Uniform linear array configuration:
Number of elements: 32
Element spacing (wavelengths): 0.75
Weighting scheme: hamming
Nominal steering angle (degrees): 45
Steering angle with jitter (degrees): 46.825
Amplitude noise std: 0.05
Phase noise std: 0.05

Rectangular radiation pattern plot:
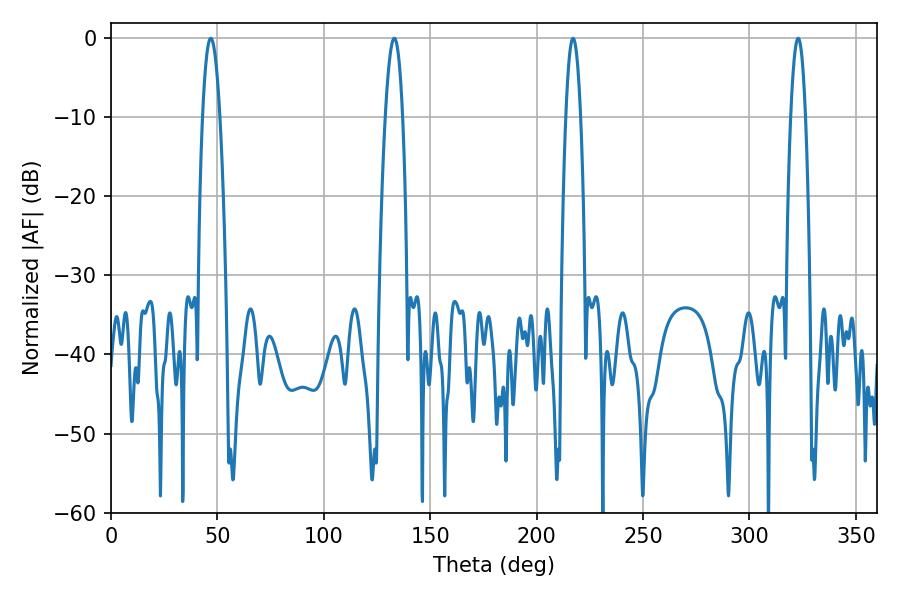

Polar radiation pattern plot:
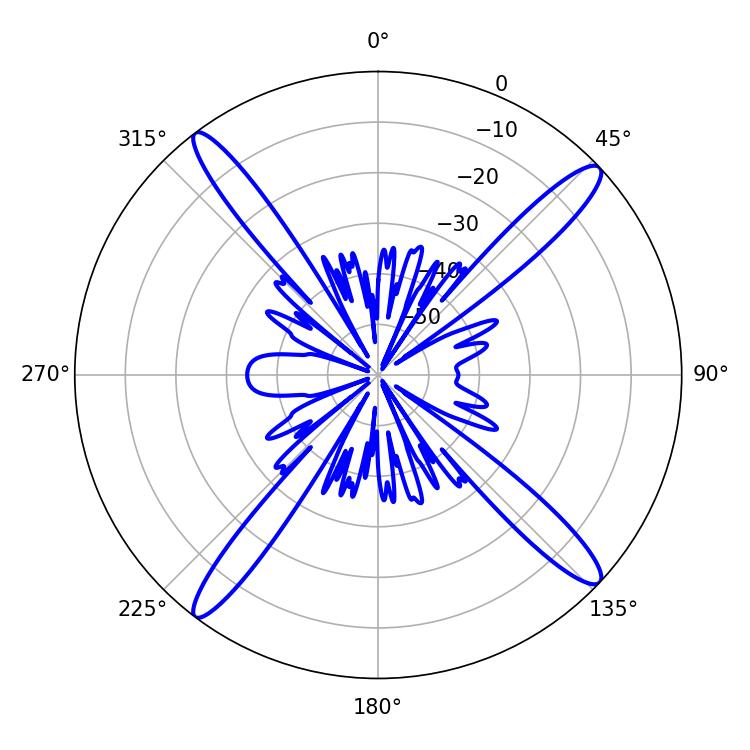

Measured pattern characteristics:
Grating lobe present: TRUE
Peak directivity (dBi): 17.408
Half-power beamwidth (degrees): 3.78
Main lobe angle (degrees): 217.08